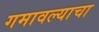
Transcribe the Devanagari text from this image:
गमावल्याचा